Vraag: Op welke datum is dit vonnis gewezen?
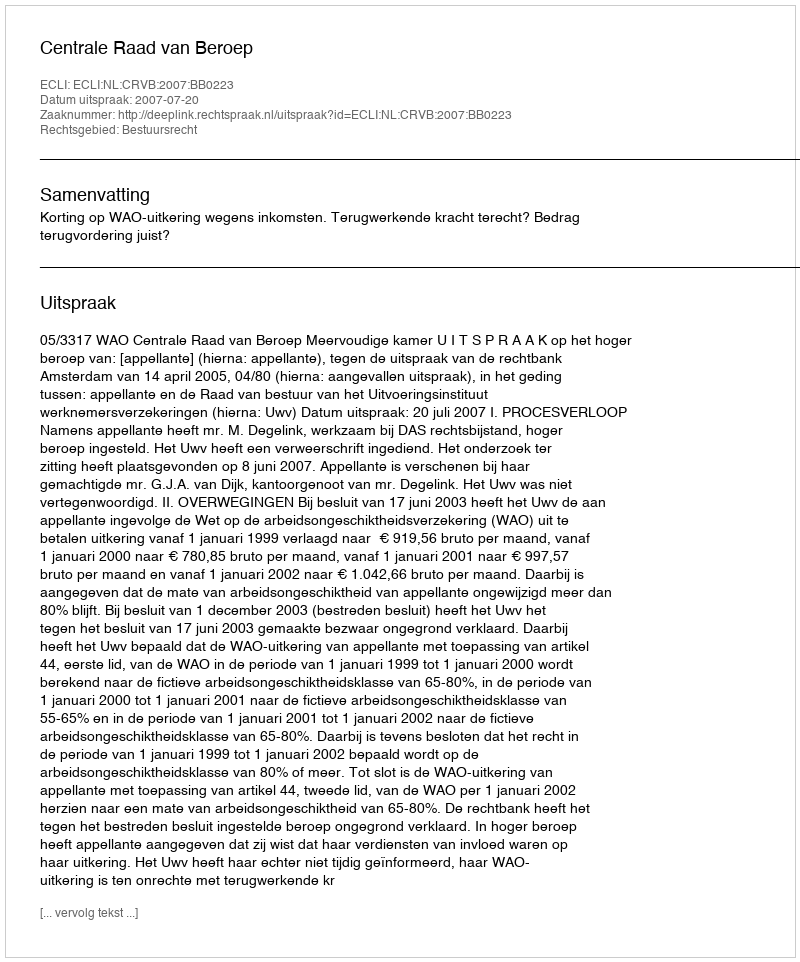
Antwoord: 2007-07-20